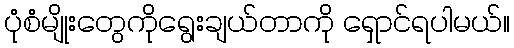
ပုံစံမျိုးတွေကိုရွေးချယ်တာကို ရှောင်ရပါမယ်။